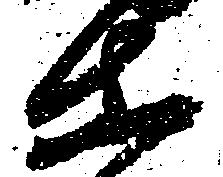
等